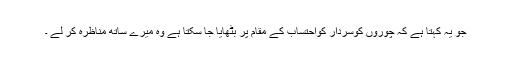
جو یہ کہتا ہے کہ چوروں کوسردار کواحتساب کے مقام پر بٹھایا جا سکتا ہے وہ میرے ساتھ مناظرہ کر لے ۔